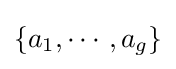
\{a_{1},\dotsm ,a_{g}\}